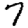
Digit: 7